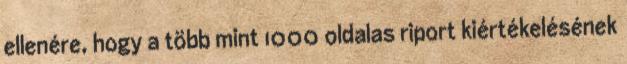
ellenére, hogy a több mint 1000 oldalas riport kiértékelésének